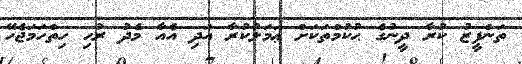
ތަންފީޒު ކުރާ ދީނުގެ ޙުކުމްތަކަށް ޢަމަލުކުރާ އަދި އެއާ މެދު ރުހި ހިތްހަމަޖެހޭ